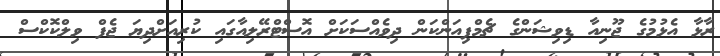
ރާޅާ އެޅުމުގެ ޖޫނިއާ ޑިވިޝަންގެ ޗެމްޕިއަންކަން ދިވެއްސަކަށް އޮސްޓްރޭލިއާގައި ކުރިއަށްދިޔަ ޖެފް ވިލްކޮކްސް